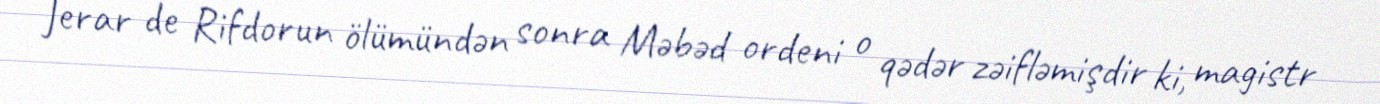
Jerar de Rifdorun ölümündən sonra Məbəd ordeni o qədər zəifləmişdir ki, magistr